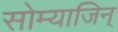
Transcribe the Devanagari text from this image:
सोम्याजिन्